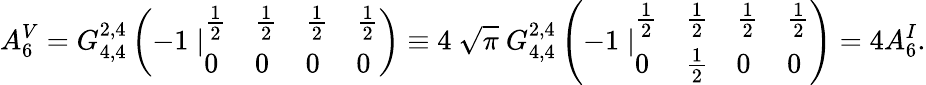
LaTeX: A_{6}^{V}=G_{4,4}^{2,4}\left(-1\mid\begin{array}{llll}{{\frac 12}}&{{\frac 12}}&{{\frac 12}}&{{\frac 12}}\\ {{0}}&{{0}}&{{0}}&{{0}}\end{array}\right)\equiv 4\ {\sqrt\pi}\ G_{4,4}^{2,4}\left(-1\mid\begin{array}{llll}{{\frac 12}}&{{\frac 12}}&{{\frac 12}}&{{\frac 12}}\\ {{0}}&{{\frac 12}}&{{0}}&{{0}}\end{array}\right)=4A_{6}^{I}.